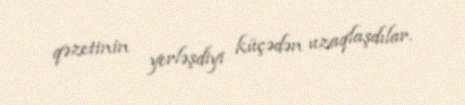
qəzetinin yerləşdiyi küçədən uzaqlaşdılar.